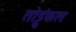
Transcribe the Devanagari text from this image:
तोट्टुंकल